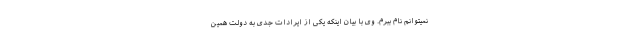
نمیتوانم نام ببرم. وی با بیان اینکه یکی از ایرادات جدی به دولت همین